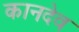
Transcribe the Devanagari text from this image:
कानदेव